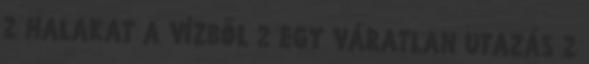
2 HALAKAT A VÍZBŐL 2 EGY VÁRATLAN UTAZÁS 2